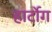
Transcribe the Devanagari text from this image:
हार्टोग